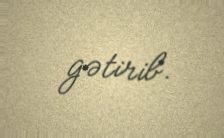
gətirib.